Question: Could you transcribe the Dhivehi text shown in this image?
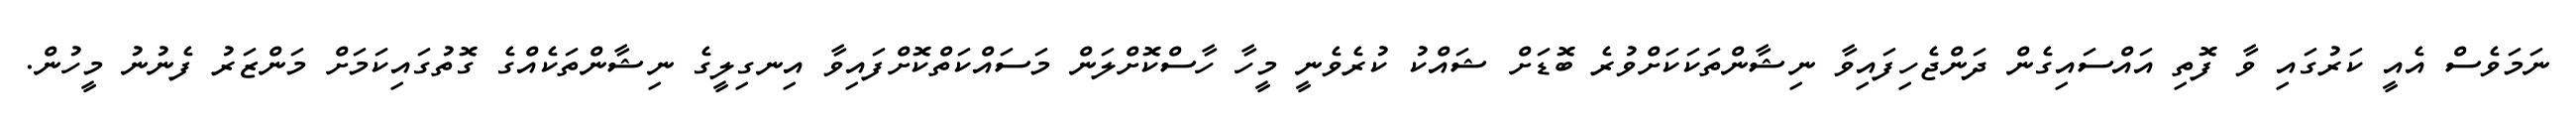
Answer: ނަމަވެސް އެއީ ކަރުގައި ވާ ފޮތި އައްސައިގެން ދަންޖެހިފައިވާ ނިޝާންތަކަކަށްވުރެ ބޮޑަށް ޝައްކު ކުރެވެނީ މީހާ ހާސްކޮށްލަން މަސައްކަތްކޮށްފައިވާ އިނގިލީގެ ނިޝާންތަކެއްގެ ގޮތުގައިކަމަށް މަންޒަރު ފެނުނު މީހުން.